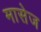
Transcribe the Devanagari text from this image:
मासेज